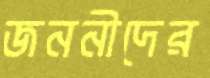
জননীদের